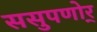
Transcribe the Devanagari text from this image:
ससुपणोर्